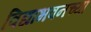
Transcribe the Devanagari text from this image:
विद्याभवनच्या